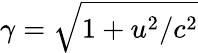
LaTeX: \gamma=\sqrt{1+u^{2}/c^{2}}